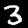
Digit: 3